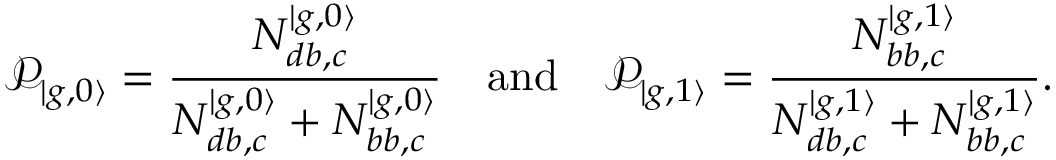
\mathcal { P } _ { | { g , 0 \rangle } } = \frac { N _ { d b , c } ^ { | g , 0 \rangle } } { N _ { d b , c } ^ { | g , 0 \rangle } + N _ { b b , c } ^ { | g , 0 \rangle } } \quad \mathrm { a n d } \quad \mathcal { P } _ { | { g , 1 \rangle } } = \frac { N _ { b b , c } ^ { | g , 1 \rangle } } { N _ { d b , c } ^ { | g , 1 \rangle } + N _ { b b , c } ^ { | g , 1 \rangle } } .